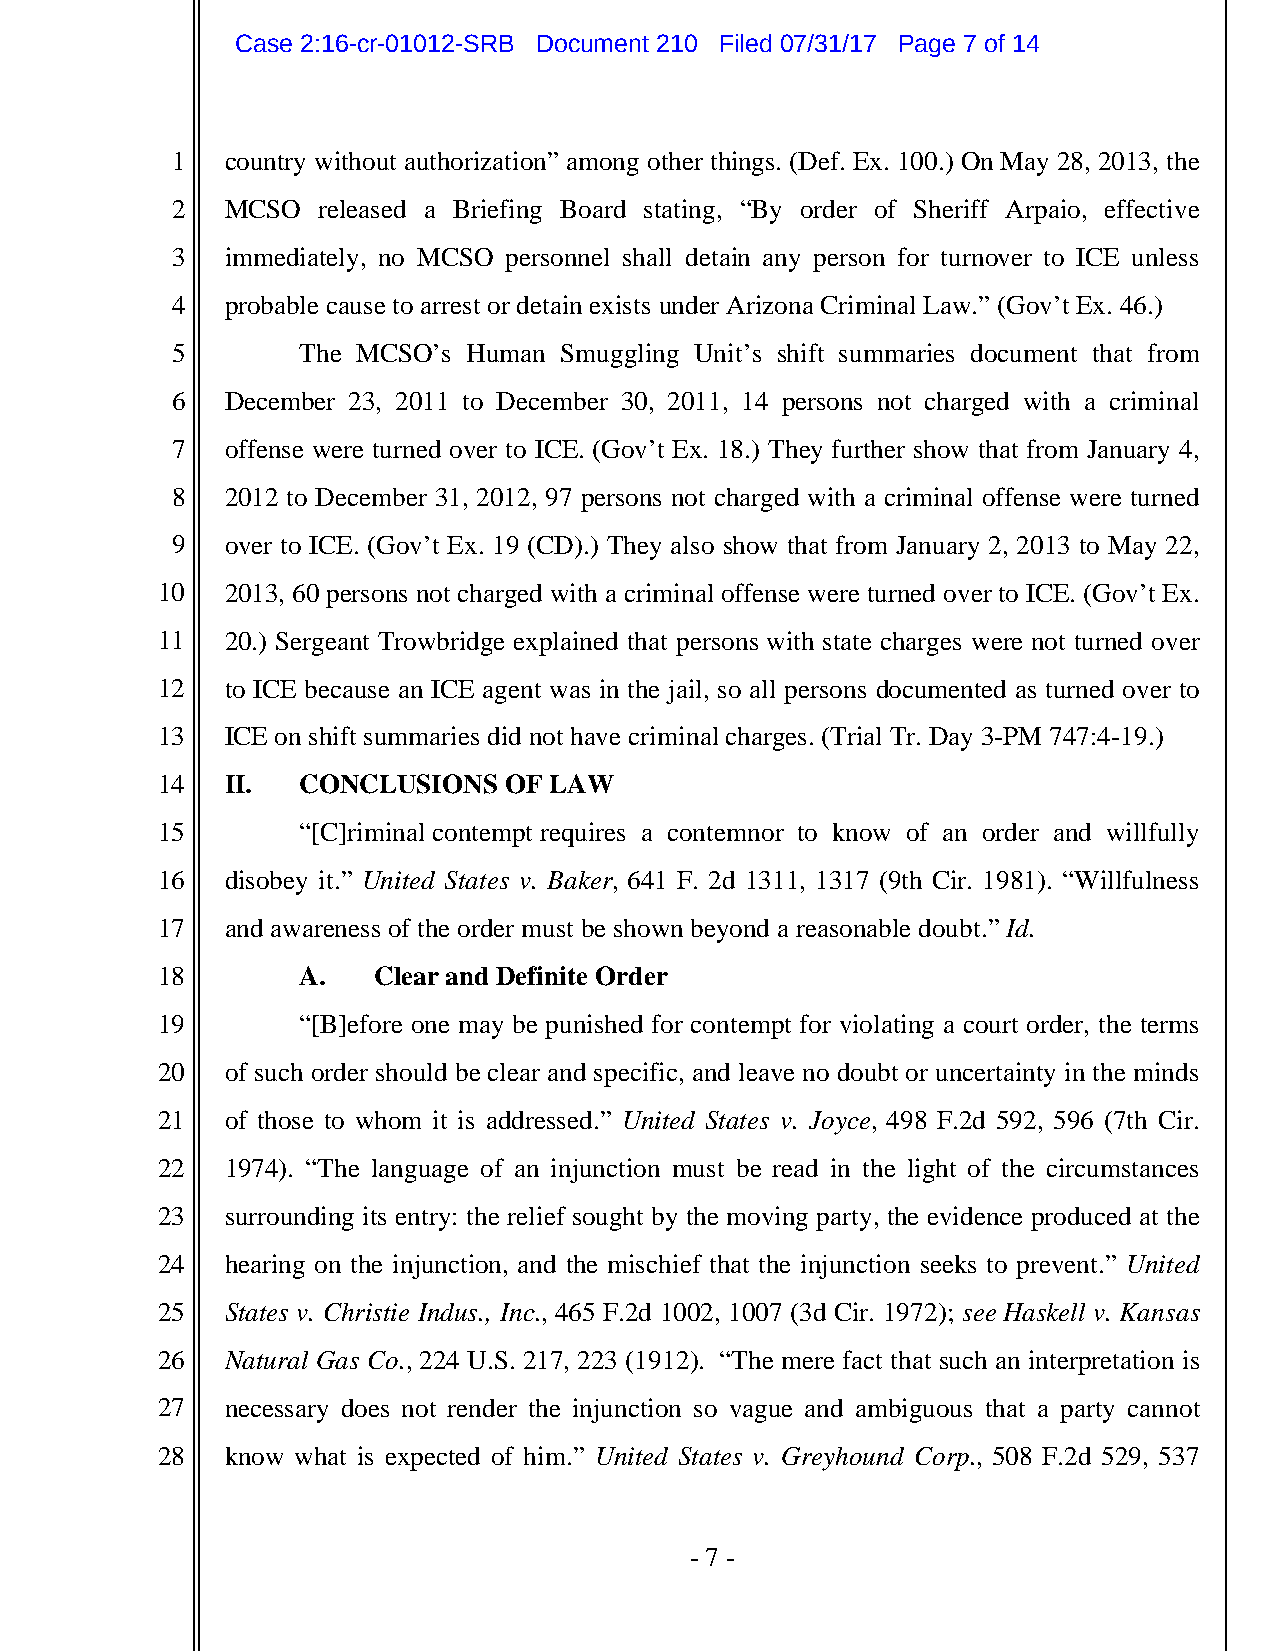
Case 2:16-cr-01012-SRB Document 210 Filed 07/31/17 Page 7 of 14
 1   country without authorization” among other things. (Def. Ex. 100.) On May 28, 2013, the
 2   MCSO  released a Briefing Board stating, “By order of Sheriff Arpaio, effective
 3   immediately, no MCSO personnel shall detain any person for turnover to ICE unless
 4   probable cause to arrest or detain exists under Arizona Criminal Law.” (Gov’t Ex. 46.)
 5        The MCSO’s Human Smuggling Unit’s shift summaries document that from
 6   December 23, 2011 to December 30, 2011, 14 persons not charged with a criminal
 7   offense were turned over to ICE. (Gov’t Ex. 18.) They further show that from January 4,
 8   2012 to December 31, 2012, 97 persons not charged with a criminal offense were turned
 9   over to ICE. (Gov’t Ex. 19 (CD).) They also show that from January 2, 2013 to May 22,
 10   2013, 60 persons not charged with a criminal offense were turned over to ICE. (Gov’t Ex.
 11   20.) Sergeant Trowbridge explained that persons with state charges were not turned over
 12   to ICE because an ICE agent was in the jail, so all persons documented as turned over to
 13   ICE on shift summaries did not have criminal charges. (Trial Tr. Day 3-PM 747:4-19.)
 14   II.  CONCLUSIONS  OF LAW
 15        “[C]riminal contempt requires a contemnor to know of an order and willfully
 16   disobey it.” United States v. Baker, 641 F. 2d 1311, 1317 (9th Cir. 1981). “Willfulness
 17   and awareness of the order must be shown beyond a reasonable doubt.” Id.
 18        A.   Clear and Definite Order
 19        “[B]efore one may be punished for contempt for violating a court order, the terms
 20   of such order should be clear and specific, and leave no doubt or uncertainty in the minds
 21   of those to whom it is addressed.” United States v. Joyce, 498 F.2d 592, 596 (7th Cir.
 22   1974). “The language of an injunction must be read in the light of the circumstances
 23   surrounding its entry: the relief sought by the moving party, the evidence produced at the
 24   hearing on the injunction, and the mischief that the injunction seeks to prevent.” United
 25   States v. Christie Indus., Inc., 465 F.2d 1002, 1007 (3d Cir. 1972); see Haskell v. Kansas
 26   Natural Gas Co., 224 U.S. 217, 223 (1912). “The mere fact that such an interpretation is
 27   necessary does not render the injunction so vague and ambiguous that a party cannot
 28   know what is expected of him.” United States v. Greyhound Corp., 508 F.2d 529, 537
 - 7 -